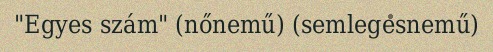
"Egyes szám" (nőnemű) (semlegesnemű)